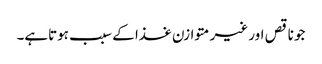
جو ناقص اور غیر متوازن غذا کے سبب ہوتاہے۔